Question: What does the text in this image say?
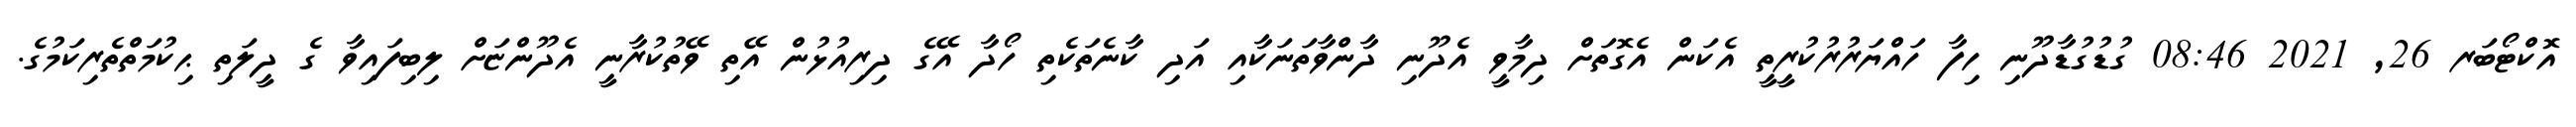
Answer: އޮކްޓޯބަރ 26, 2021 08:46 ގުޑުގުޑާދޫނި ހިފާ ހައްޔަރުރުކުރީތީ އެކަން އެގޮތަށް ދިމާވީ އެދޫނި ދާންވާތަނަކާއި އަދި ކާނެތަކެތި ހޯދާ އޭގެ ދިރިއުޅުން އޭތި ވޭތުކުރާނީ އެދޫންޏަށް ލިބިފައިވާ ގެ ދީލަތި ޙިކުމަތްތެރިކަމުގެ.